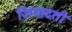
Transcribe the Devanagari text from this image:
ज़ियादती